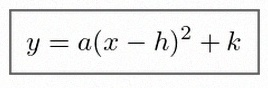
y=a(x-h)^2+k